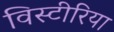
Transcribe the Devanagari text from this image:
विस्टीरिया